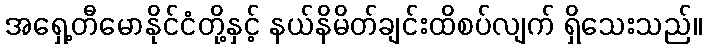
အရှေ့တီမောနိုင်ငံတို့နှင့် နယ်နိမိတ်ချင်းထိစပ်လျက် ရှိသေးသည်။